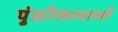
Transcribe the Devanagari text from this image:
पुंडरिकावल्ली